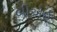
બીએઇ